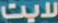
لايت